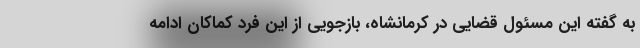
به گفته این مسئول قضایی در کرمانشاه، بازجویی از این فرد کماکان ادامه